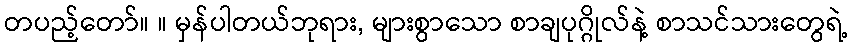
တပည့်တော်။ ။ မှန်ပါတယ်ဘုရား, များစွာသော စာချပုဂ္ဂိုလ်နဲ့ စာသင်သားတွေရဲ့